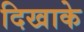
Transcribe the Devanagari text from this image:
दिखाके